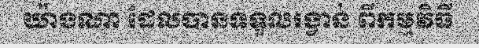
យ៉ាងណា ដែលបានទទួលរង្វាន់ ពីកម្មវិធី